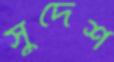
সুদেশ